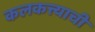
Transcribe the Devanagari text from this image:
कलकत्त्याची